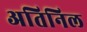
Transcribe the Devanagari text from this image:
अतिनिल